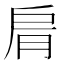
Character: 𦚑